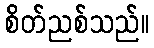
စိတ်ညစ်သည်။